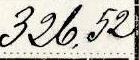
326,52